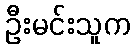
ဦးမင်းသူက